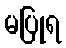
မပြုရ